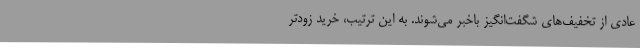
عادی از تخفیف‌های شگفت‌انگیز باخبر می‌شوند. به این ترتیب، خرید زودتر